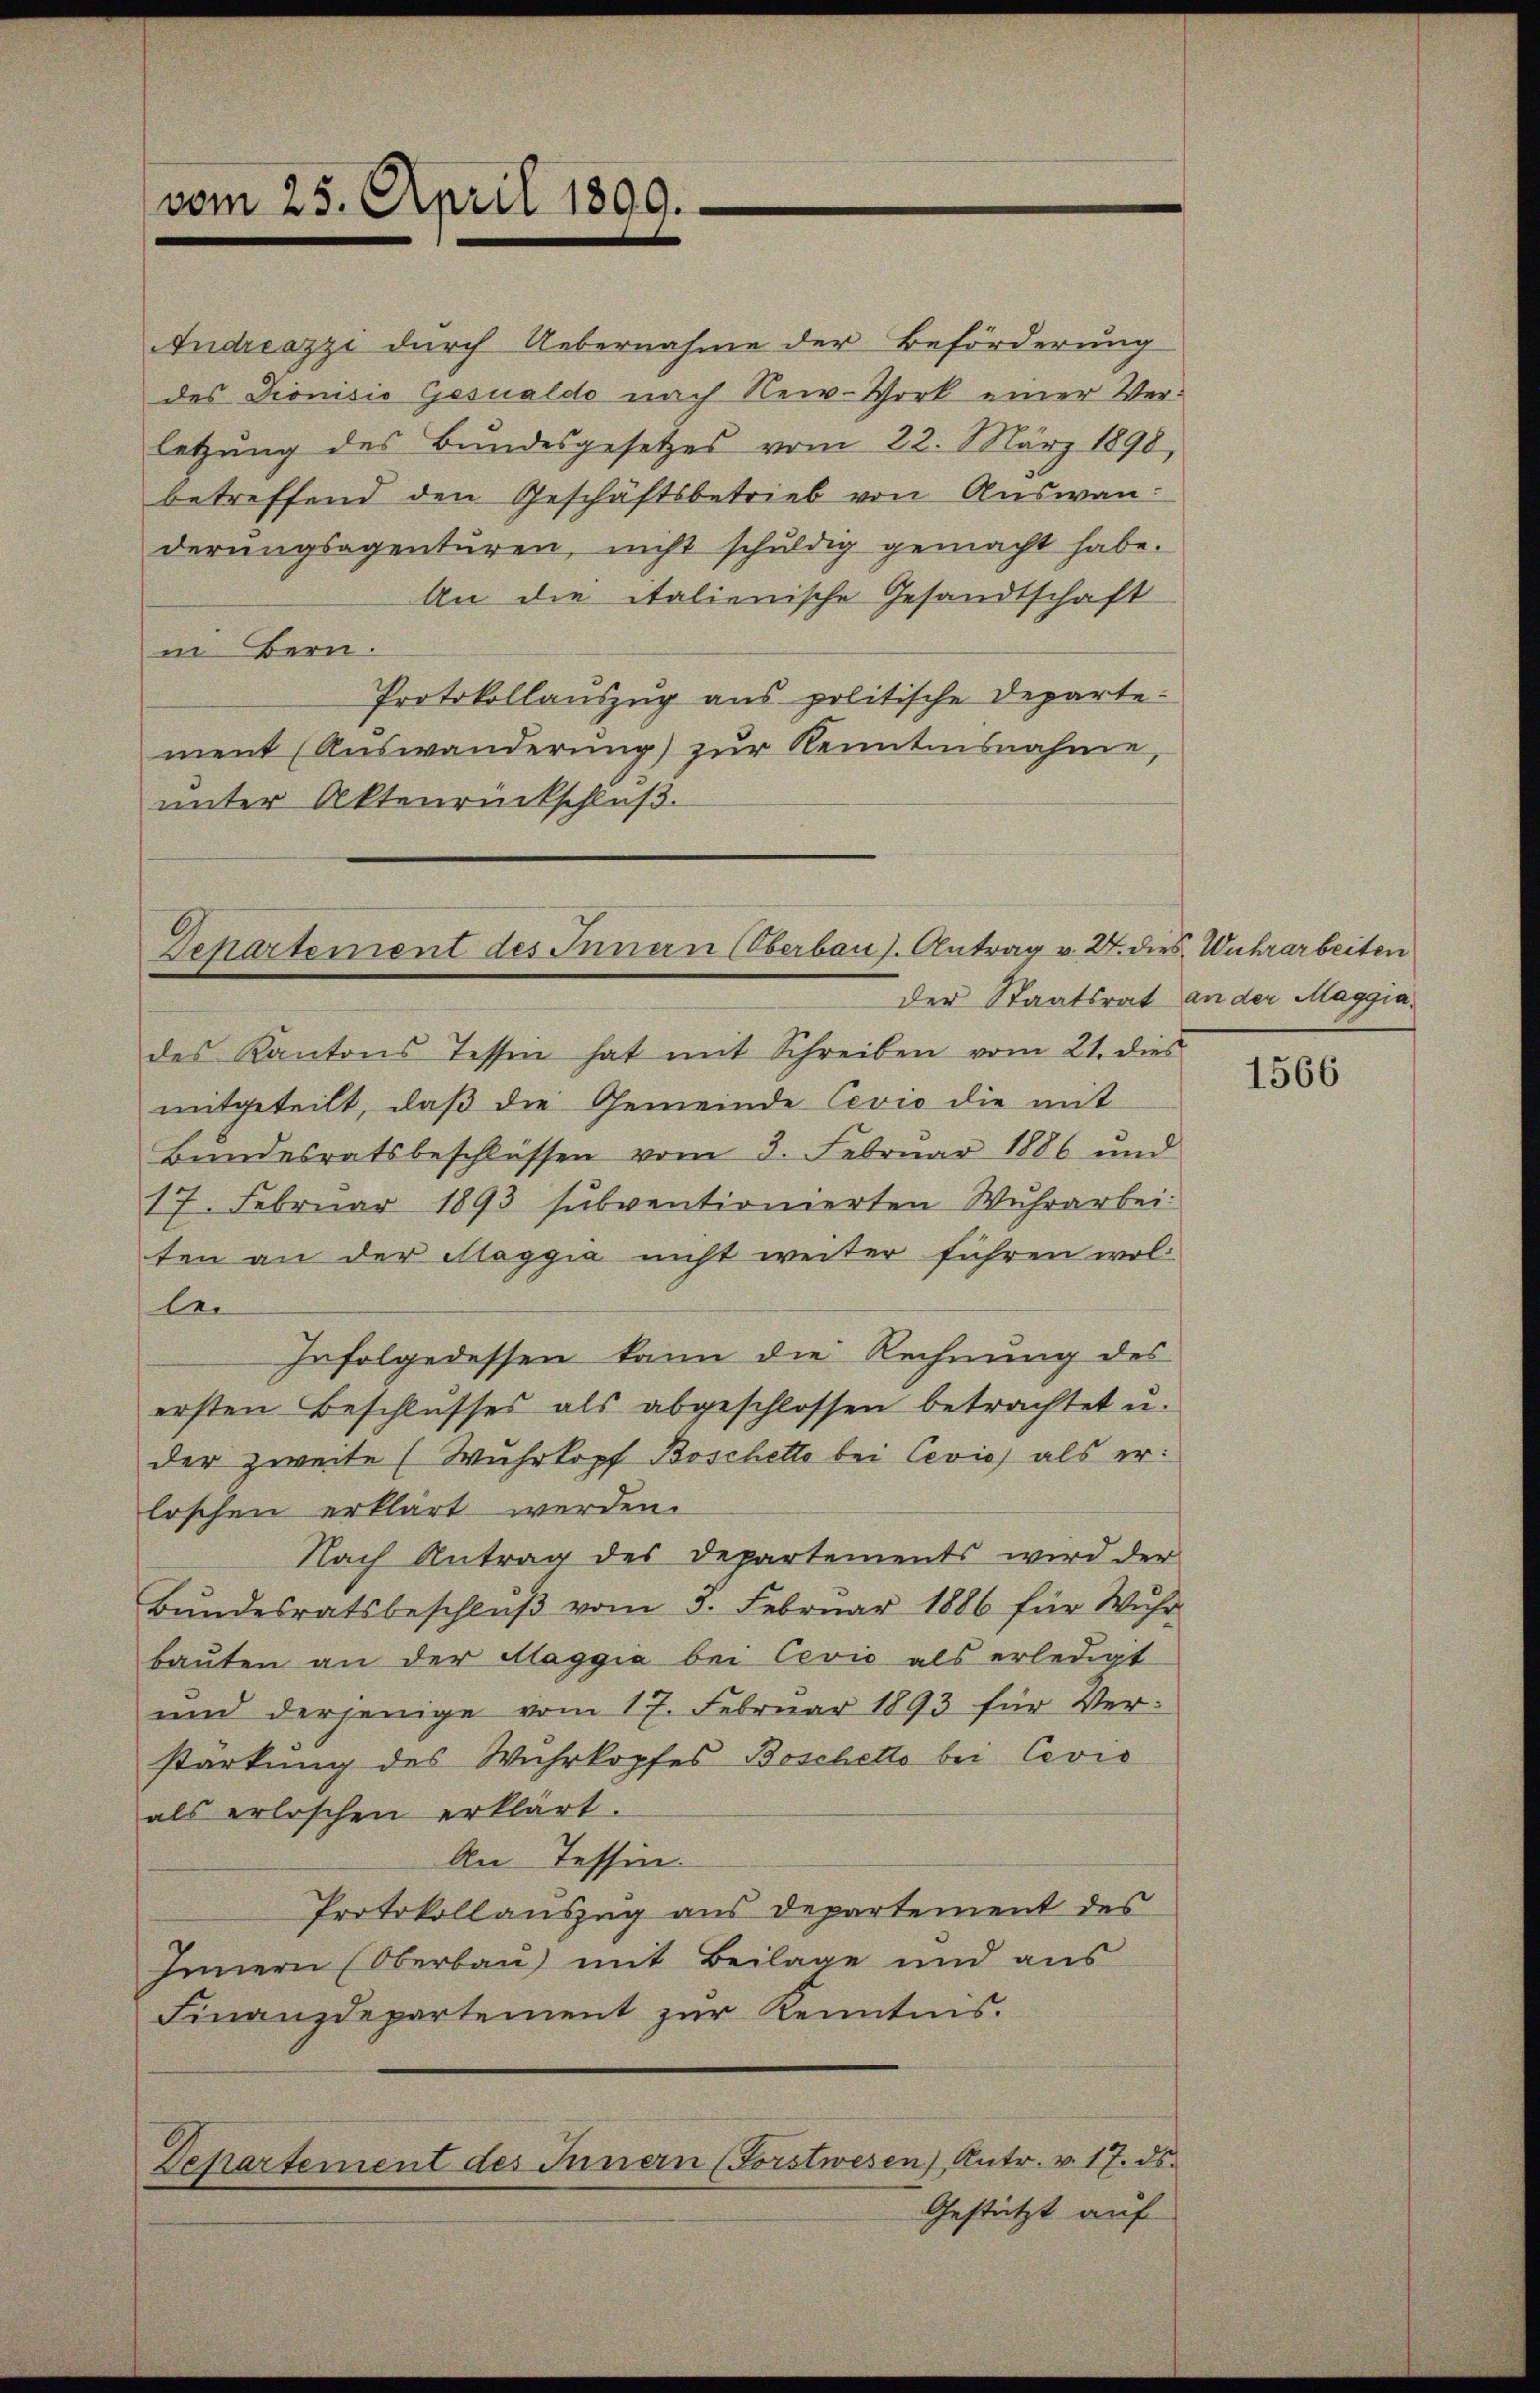
vom 25. April 1890.

Andreazzi durch Uebernahme der Beförderung
des Dionisis Gesualdo nach Rei-Work einer Verletzung des Bundesgesetzes vom 22. März 1890,
betreffend den Geschäftsbetrieb von Auswanderungsagenturen, nicht schuldig gemacht habe.
An die italienische Gesandtschaft
in Bern.
Protokollauszug aus politische Departement (Auswanderung) zŭr Kenntnisnahme,
unter Aktenrückschluß.

Departement des Innern (Oberbaus. Antrag v. 27. dies Wuhrarbeiten

der Staatsrat an der Maggia.
des Kantons Tessin hat mit Schreiben vom 21. dies
mitgeteilt, daß die Gemeinde Cevio die mit
Bundesratsbeschlüssen vom 3. Febrŭar 1886 und
17. Februar 1893 subventionierten Wuhrarbei.
ten an der Flaggia nicht weiter führen wollei
Infolgedessen kann die Rechnung des
ersten Beschlusses als abgeschlossen betrachtet u.
der zweite (Wuhrkopf Boschette bei Cević als er
loschen erklärt werden.
Nach Antrag des Departements wird der
Bŭndesratsbeschlŭβ vom 5. Febrŭar 1886 für Wŭhr
bauten an der Maggia bei Cević als erledigt
und derjenige vom 17. Februar 1893 für Ver-
stärkung des Wuhrkopfes Boschetto bei Cević
als erloschen erklärt.
An Tessin.
Protokollauszug aus Departement des
Innern Oberbau mit Beilage und aus
Finanzdepartement zur Kenntnis.
Departement des Innern (Forstwesen) Antr. v. 17. ds.
Gestützt auf

1566